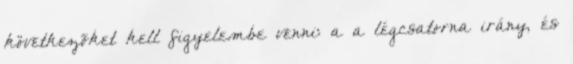
következõket kell figyelembe venni: a a légcsatorna irány, és